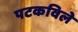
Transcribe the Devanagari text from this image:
पटकविले